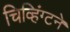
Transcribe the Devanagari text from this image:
चिव्हिंग्टने